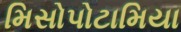
મિસોપોટામિયા